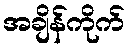
အချိန်ကိုက်